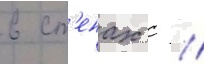
в ст'енах с //